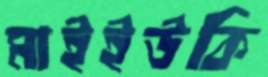
মাইইউকি